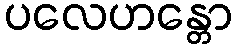
ပလေဟန္တော